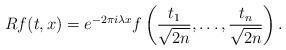
LaTeX: \begin{align*} Rf (t,x)= e^{-2\pi i \lambda x} f\left(\frac{t_1}{\sqrt{2n}}, \ldots, \frac{t_n}{\sqrt{2n}}\right).\end{align*}